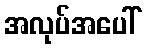
အလုပ်အပေါ်